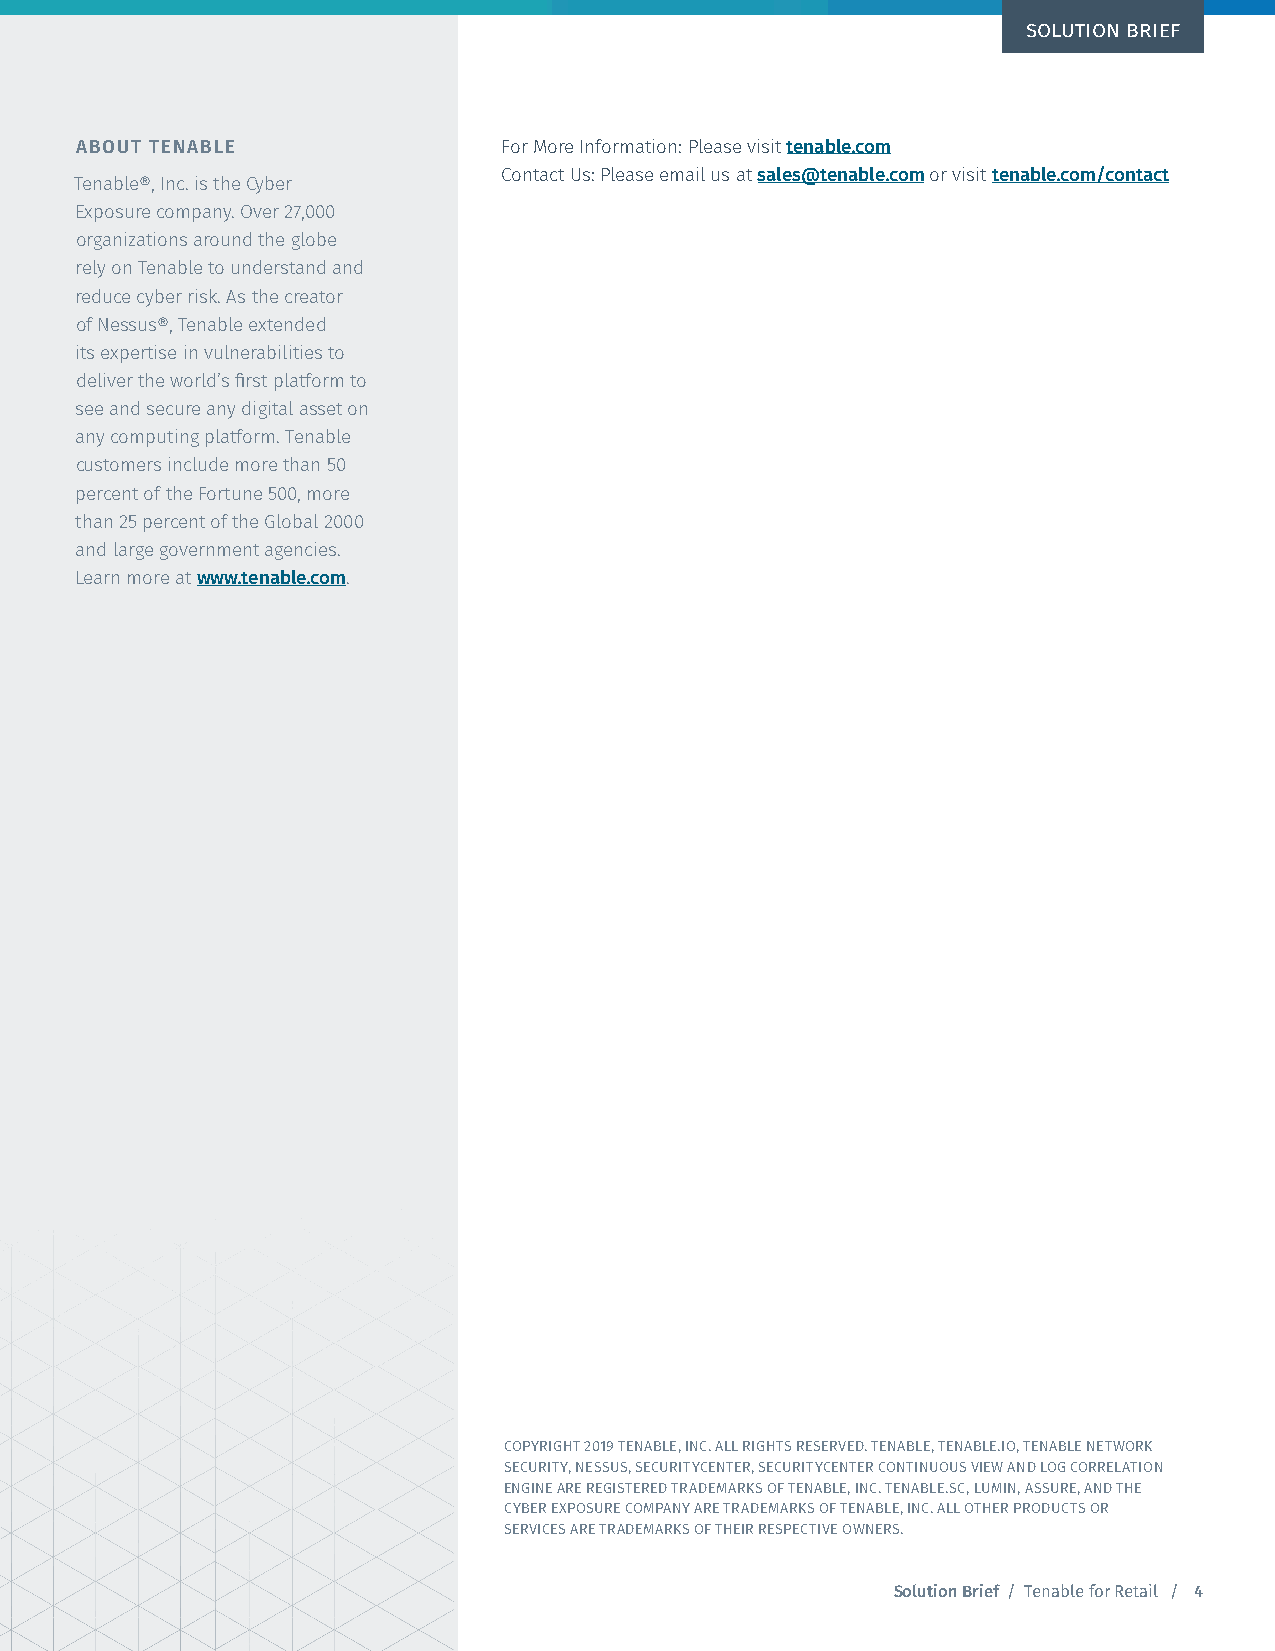
SOLUTION BRIEF
 ABOUT TENABLE               For More Information: Please visit tenable.com
 Contact Us: Please email us at sales@tenable.com or visit tenable.com/contact
 Tenable®, Inc. is the Cyber
 Exposure company. Over 27,000
 organizations around the globe
 rely on Tenable to understand and
 reduce cyber risk. As the creator
 of Nessus®, Tenable extended
 its expertise in vulnerabilities to
 deliver the world’s first platform to
 see and secure any digital asset on
 any computing platform. Tenable
 customers include more than 50
 percent of the Fortune 500, more
 than 25 percent of the Global 2000
 and large government agencies.
 Learn more at www.tenable.com.
 COPYRIGHT 2019 TENABLE, INC. ALL RIGHTS RESERVED. TENABLE, TENABLE.IO, TENABLE NETWORK
 SECURITY, NESSUS, SECURITYCENTER, SECURITYCENTER CONTINUOUS VIEW AND LOG CORRELATION
 ENGINE ARE REGISTERED TRADEMARKS OF TENABLE, INC. TENABLE.SC, LUMIN, ASSURE, AND THE
 CYBER EXPOSURE COMPANY ARE TRADEMARKS OF TENABLE, INC. ALL OTHER PRODUCTS OR
 SERVICES ARE TRADEMARKS OF THEIR RESPECTIVE OWNERS.
 Solution Brief / Tenable for Retail / 4